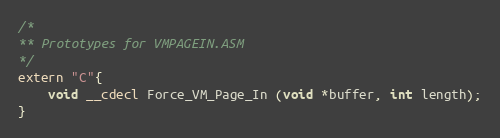
Language: C
/*
** Prototypes for VMPAGEIN.ASM
*/
extern "C"{
	void __cdecl Force_VM_Page_In (void *buffer, int length);
}